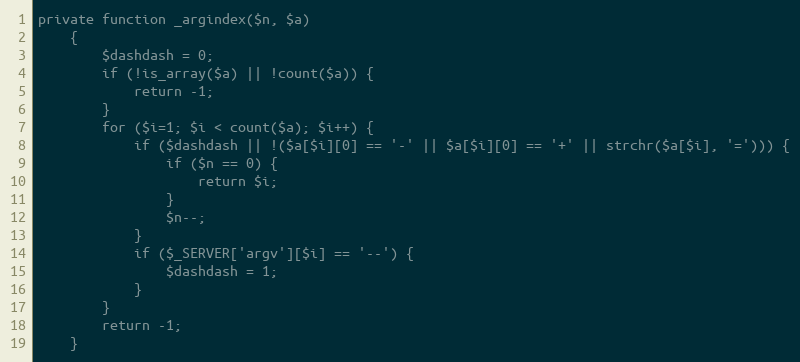
Language: PHP
private function _argindex($n, $a)
    {
        $dashdash = 0;
        if (!is_array($a) || !count($a)) {
            return -1;
        }
        for ($i=1; $i < count($a); $i++) {
            if ($dashdash || !($a[$i][0] == '-' || $a[$i][0] == '+' || strchr($a[$i], '='))) {
                if ($n == 0) {
                    return $i;
                }
                $n--;
            }
            if ($_SERVER['argv'][$i] == '--') {
                $dashdash = 1;
            }
        }
        return -1;
    }